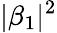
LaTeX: |\beta_{1}|^{2}